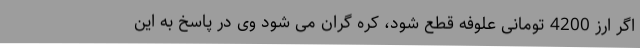
اگر ارز 4200 تومانی علوفه قطع شود، کره گران می شود وی در پاسخ به این